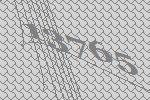
13765